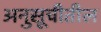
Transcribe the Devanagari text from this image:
अनुसूचीतील